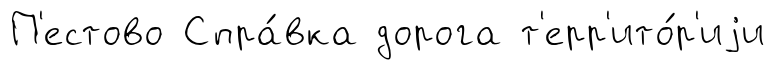
П'естово Спра́вка дорога т'ерр'ито́р'иjи